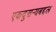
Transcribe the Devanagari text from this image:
एकदुसर्‍यबद्दल